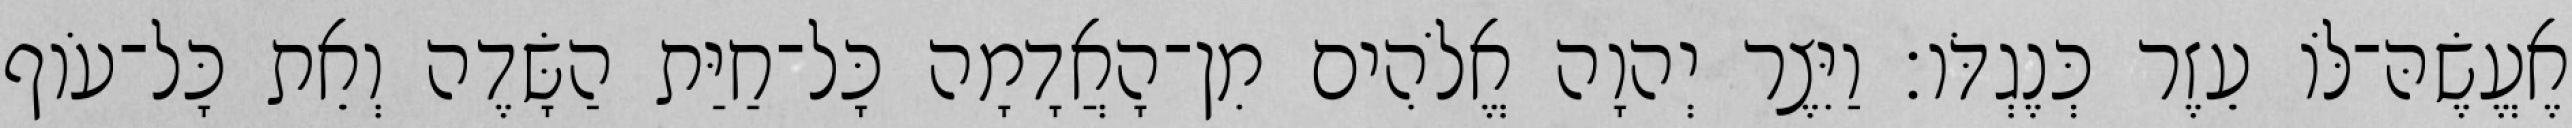
אֶעֱשֶׂהּ־לֹּו עֵזֶר כְּנֶגְדֹּו׃ וַיִּצֶר יְהוָה אֱלֹהִים מִן־הָאֲדָמָה כָּל־חַיַּת הַשָּׂדֶה וְאֵת כָּל־עֹוף